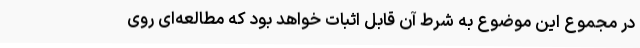
در مجموع این موضوع به شرط آن قابل اثبات خواهد بود که مطالعه‌ای روی